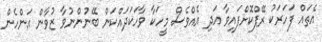
އެތައް ފަހަރަކު ރޭޕްކޮށްފައިވާ އަދި އެއްވެސް މީހަކާ ވާހަކަދައްކަން ބޭނުންނުވާ ޒުވާން އަންހެން